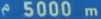
5000 m